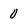
Character: 0